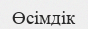
Өсімдік